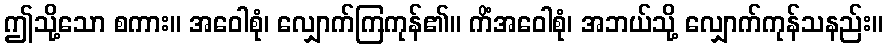
ဤသို့သော စကား။ အဝေါစုံ၊ လျှောက်ကြကုန်၏။ ကိံအဝေါစုံ၊ အဘယ်သို့ လျှောက်ကုန်သနည်း။